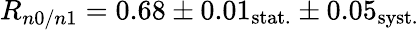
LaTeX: R_{n0/n1}=0.68\pm 0.01_{\mathrm{stat.}}\pm 0.05_{\mathrm{syst.}}